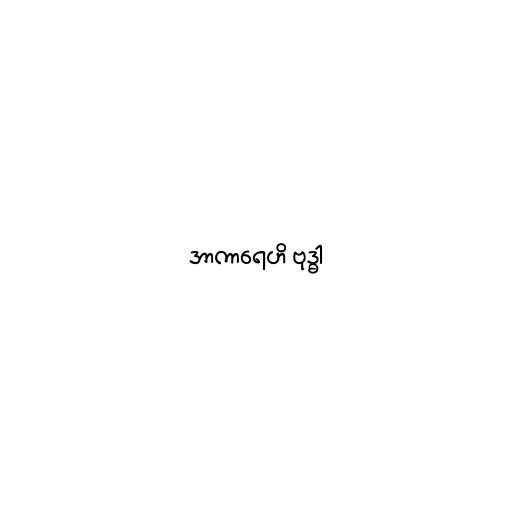
အာကာရေဟိ ဗုဒ္ဓါ